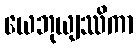
ယေဘုယျဿိကာ